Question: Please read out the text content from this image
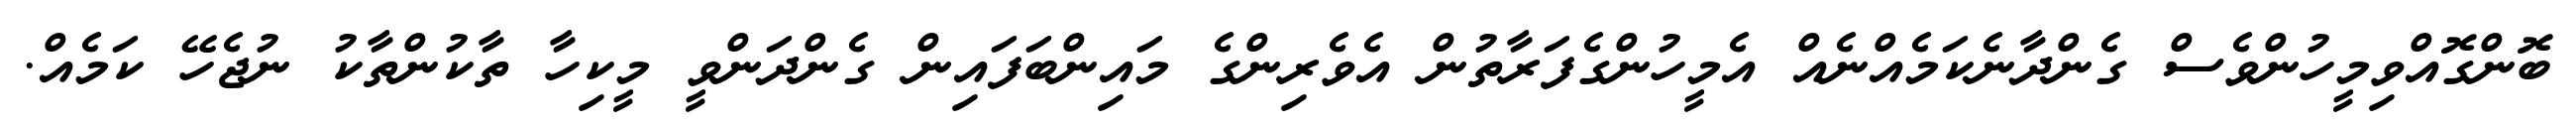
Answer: ބޮންގޮއްވިމީހުންވެސް ގެންދާނެކަމެއްނެއް އެމީހުންގެފަރާތުން އެވެރިންގެ މައިންބަފައިން ގެންދަންވީ މީކިހާ ތާކުންތާކު ނުޖެހޭ ކަމެއް.